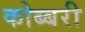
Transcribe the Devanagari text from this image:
कोब्बरी